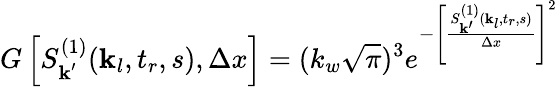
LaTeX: G\left[S_{\textbf{k}^{\prime}}^{(1)}(\textbf{k}_{l},t_{r},s),\Delta x\right]=(k_{w}\sqrt{\pi})^{3}e^{-\left[\frac{S_{\textbf{k}^{\prime}}^{(1)}(\textbf{k}_{l},t_{r},s)}{\Delta x}\right]^{2}}